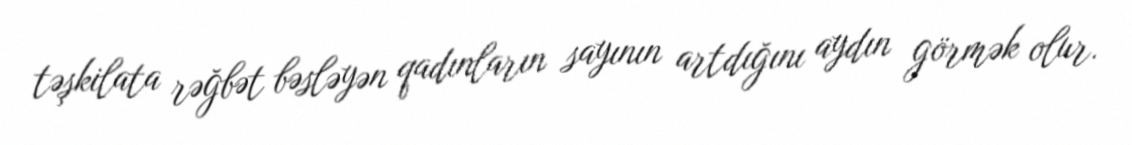
təşkilata rəğbət bəsləyən qadınların sayının artdığını aydın görmək olur.